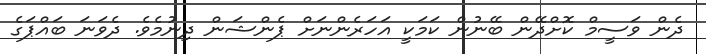
ދެން ވަސީމް ކޮށްދޭން ބޭނުން ކަމަކީ އަހަރެންނަށް ޕެންޝަން ދިނުމެވެ. ދެވަނަ ބައްޕަގެ